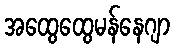
အထွေထွေမန်နေဂျာ